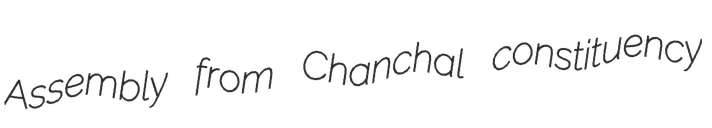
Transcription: Assembly from Chanchal constituency